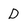
Character: D